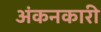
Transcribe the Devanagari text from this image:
अंकनकारी